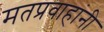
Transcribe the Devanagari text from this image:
मतप्रवाहांनी